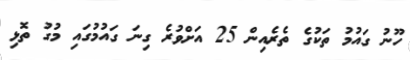
ހޫނު ގައުމު ތަކުގެ ތެރެއިން 25 އަށްވުރެ ގިނަ ގައުމުގައި މުގު ތޮޅި